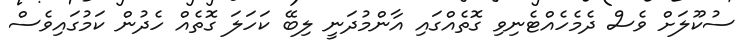
ސުކޫލަށް ވެސް ދެމެހެއްޓެނިވި ގޮތެއްގައި އާންމުދަނީ ލިބޭ ކަހަލަ ގޮތެއް ހެދުން ކަމުގައިވެސް